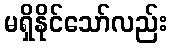
မရှိနိုင်သော်လည်း